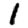
Digit: 1